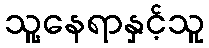
သူ့နေရာနှင့်သူ